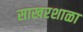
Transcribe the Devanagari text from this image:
साखरशाळा